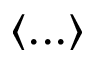
\langle . . . \rangle